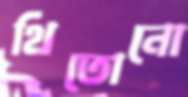
থিতোনো